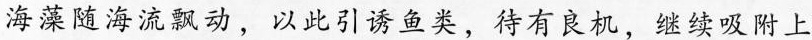
海藻随海流飘动，以此引诱鱼类，待有良机，继续吸附上